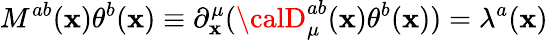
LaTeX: M^{ab}(\mathbf{x})\theta^{b}(\mathbf{x})\equiv\partial_{\mathbf{x}}^{\mu}({\calD}_{\mu}^{ab}(\mathbf{x})\theta^{b}(\mathbf{x}))=\lambda^{a}(\mathbf{x})